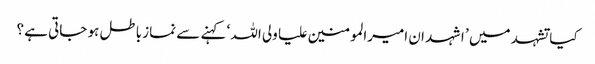
کیا تشہد میں ’ اشہد ان امیرالمومنین علیا ولی اللہ ‘ کہنے سے نماز باطل ہو جاتی ہے ؟